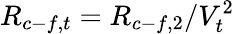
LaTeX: R_{c-f,t}=R_{c-f,2}/V_{t}^{2}